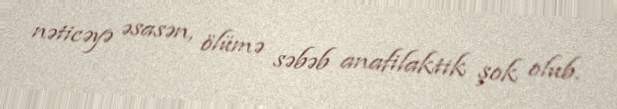
nəticəyə əsasən, ölümə səbəb anafilaktik şok olub.